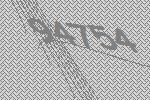
94754